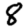
Digit: 8